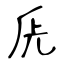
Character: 兏